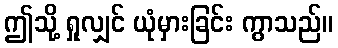
ဤသို့ ရှုလျှင် ယုံမှားခြင်း ကွာသည်။